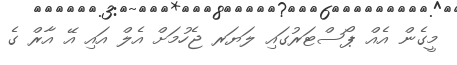
މީގެން އެއް ޕޯސްޓަރުގައި ލަޔަރ ޖެހުމަށް އެލް އައި އޭ އާރް ގެ